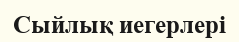
Сыйлық иегерлері